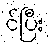
င်ပြီး